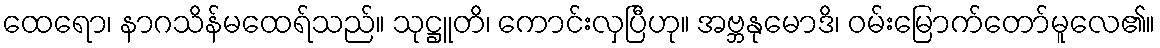
ထေရော၊ နာဂသိန်မထေရ်သည်။ သုဋ္ဌူတိ၊ ကောင်းလှပြီဟု။ အဗ္ဘနုမောဒိ၊ ဝမ်းမြောက်တော်မူလေ၏။